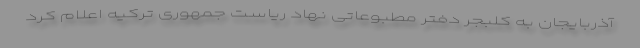
آذربایجان به کلبجر دفتر مطبوعاتی نهاد ریاست جمهوری ترکیه اعلام کرد